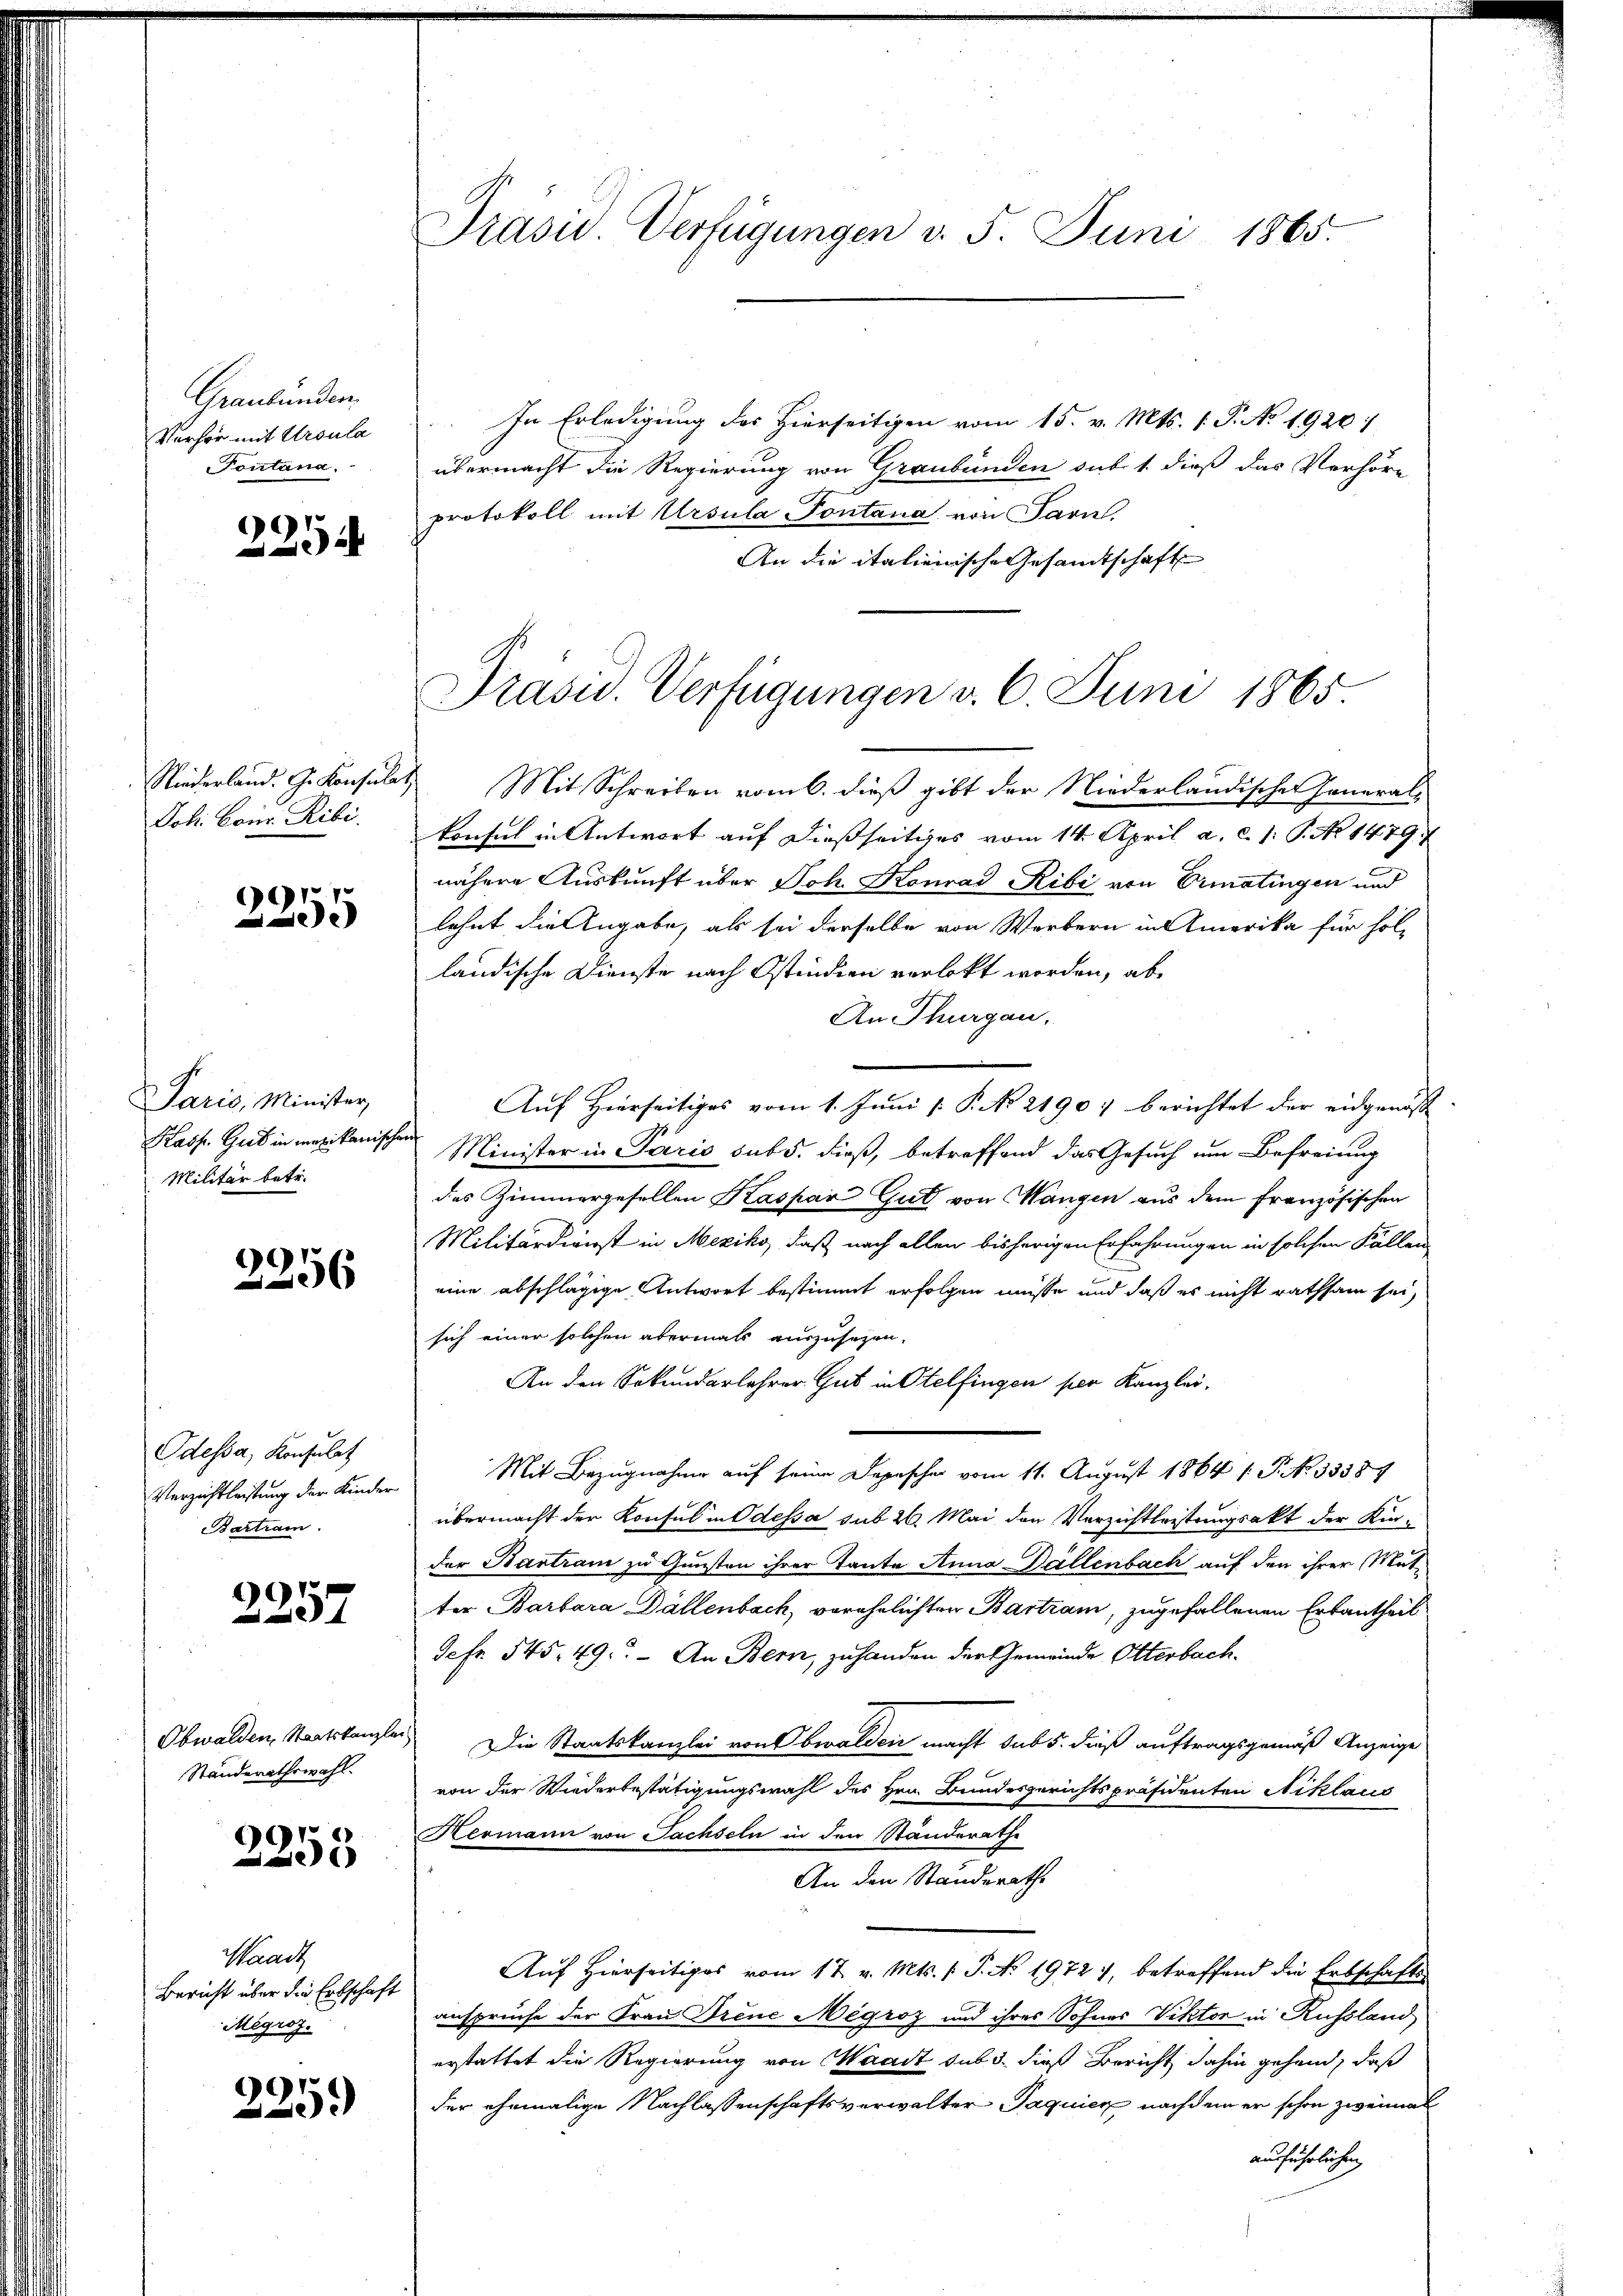
Graubünden.
Verhör mit Ursula
Tontana.

2294

Niederland. G. Konsulat
Joh. Conr. Ribi.

99
2

Paris, Minister,
Kasp. Gut in mexikanische
Militär betr.

2256

Odessa, Konsulat
Verzeichtleistung der Kinder
Bartram.

2257

Obwalden Staatskanzlei
Standerathswahl.

2255

Waadt
Bericht über die Erbschaft
Mégroz.

225.

Präsid. Verfügungen d. 5. Juni 1865.

In Erledigung des Hierseitigen vom 15. v. Mts. 1. P. No 1920
übermacht die Regierung von Graubünden sub. 1. dieß das Verhöre
protokoll mit Ursula Pontana von Parn.
An die italienische Gesamtschaft
Mit Schreiben vom 6. dieß gibt der Niederländischer General-
konsul in Antwort auf dießseitiges vom 14. April a. c. 1: P. No 1479.
nähere Auskunft über Joh. Konrad Ribi von Ermatingen und
lehnt die Angabe, als sei derselbe von Werbern in Amerika für hol-
ländische Dienste nach Ostindien verlebt worden, ab¬
An Thurgau.
Auf Hierseitiges vom 1. Juni [ P. No 21907 berichtet der eidgenöss
Minister in Paris subs, dieß, betreffend das Gesuch um Befreiung
des Zimmergesellen Kaspar Gut von Mangen aus dem französischen
Militärdienst in Mexiko, daß nach allen bisherigen Erfahrungen in solchen Fällen
eine abschlägige Antwort bestimmt erfolgen müsse und daß es nicht rathsam sei,
sich einer solchen abermals auszusehen.
An den Sekundarlehrer Gut in Otelfingen per Kanzlei-
Mit Bezugnahme auf seine Depescher vom 11. August 1864 s. P. No 33381
übermacht der Konsul in Odessa sub 26. Mai den Verzichtleistungsakt der Kinder Kantram zu Gunsten ihrer Tante Anna Ballenbach auf den ihrer Mutter Barbara Dällenbach, verehelichten Bartiam, zugefallenen Erbantheil
Scfr. 545. 49. - An Bern, zu handen der Gemeinde Otterbach¬
Die Staatskanzlei von Obwalden macht sub 5. dieß auftragsgemäß Anzeige
von der Wiederbestätigungswahl des Hrn. Bundesgerichtspräsidenten Niklaus
Hermann von Sachseln in den Standerathe
An den Standeraths
Auf Hierseitiges vom 17. v. Mts. /: P. No. 1972), betreffend die Erbschafts
ansprüche der Frau Treue Mégroz und ihres Sohnes Viktor in Russland,
erstattet die Regierung von Waadt sub 5. dieß Bericht dahin gehend, daß
der ehemalige Nachlassenschaftsverwalter Jaquier nachdem er schon zweimat
ausführlichen

Präsid. Verfügungen v. 6. Juni 1865